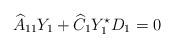
LaTeX: \begin{align*}\widehat A_{11}Y_1+\widehat C_1Y_1^\star D_1=0\end{align*}